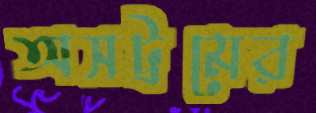
অসট্রমের